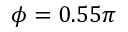
\phi = 0 . 5 5 \pi